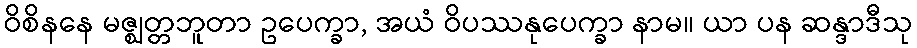
ဝိစိနနေ မဇ္ဈတ္တဘူတာ ဥပေက္ခာ, အယံ ဝိပဿနုပေက္ခာ နာမ။ ယာ ပန ဆန္ဒာဒီသု